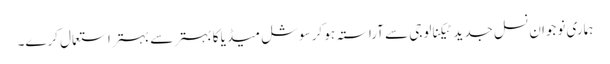
ہماری نوجوان نسل جدید ٹیکنالوجی سے آراستہ ہو کر سوشل میڈیا کا بہتر سے بہتر استعمال کرے۔